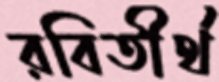
রবিতীর্থ